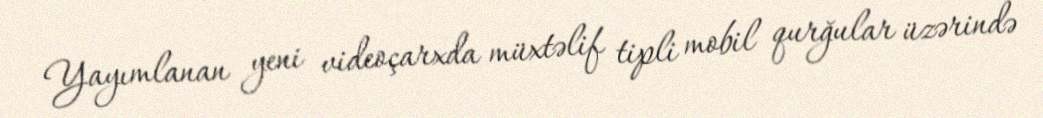
Yayımlanan yeni videoçarxda müxtəlif tipli mobil qurğular üzərində